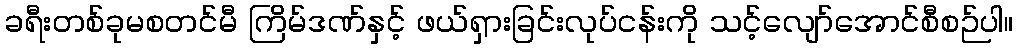
ခရီးတစ်ခုမစတင်မီ ကြိမ်ဒဏ်နှင့် ဖယ်ရှားခြင်းလုပ်ငန်းကို သင့်လျော်အောင်စီစဉ်ပါ။